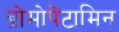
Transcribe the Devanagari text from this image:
ब्रोमोपेंटामिन